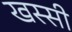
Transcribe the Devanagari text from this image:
खस्सी